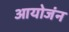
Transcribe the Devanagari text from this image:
आयोजंन